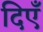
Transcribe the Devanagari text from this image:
दिएँ